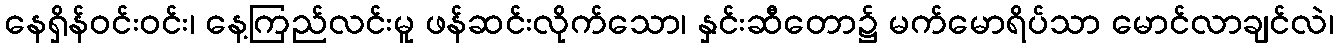
နေရှိန်ဝင်းဝင်း၊ နေ့ကြည်လင်းမူ ဖန်ဆင်းလိုက်သော၊ နှင်းဆီတော၌ မက်မောရိပ်သာ မောင်လာချင်လဲ၊